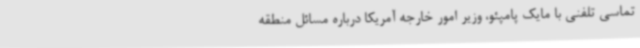
تماسی تلفنی با مایک پامپئو، وزیر امور خارجه آمریکا درباره مسائل منطقه